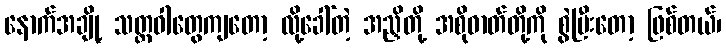
နောက်အချို့ သတ္တဝါတွေကျတော့ လို့ခေါ်တဲ့ အညှိတို့ အစိုဓာတ်တို့ကို စွဲပြီးတော့ ဖြစ်တယ်၊